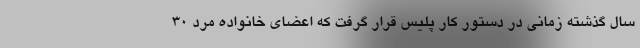
سال گذشته زمانی در دستور کار پلیس قرار گرفت که اعضای خانواده مرد ۳۰